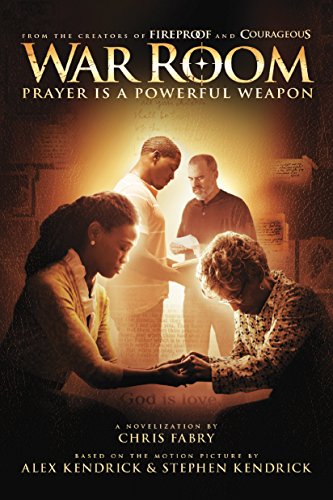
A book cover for War Room: Prayer Is a Powerful Weapon; Chris Fabry; Literature & Fiction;